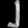
Digit: ၂